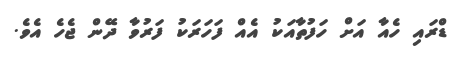
ޑްރައި ހެއާ އަށް ހަފުތާއަކު އެއް ފަހަރަކު ފަރުވާ ދޭން ޖެހެ އެވެ.